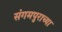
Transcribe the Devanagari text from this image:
संगमपुराच्या